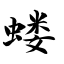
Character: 蝼